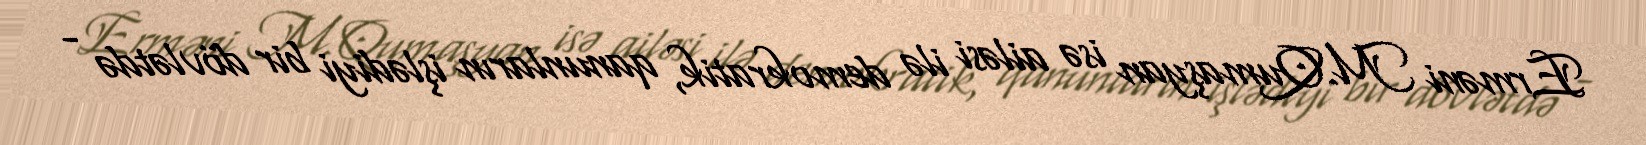
Erməni M.Qumaşyan isə ailəsi ilə demokratik, qanunların işlədiyi bir dövlətdə -